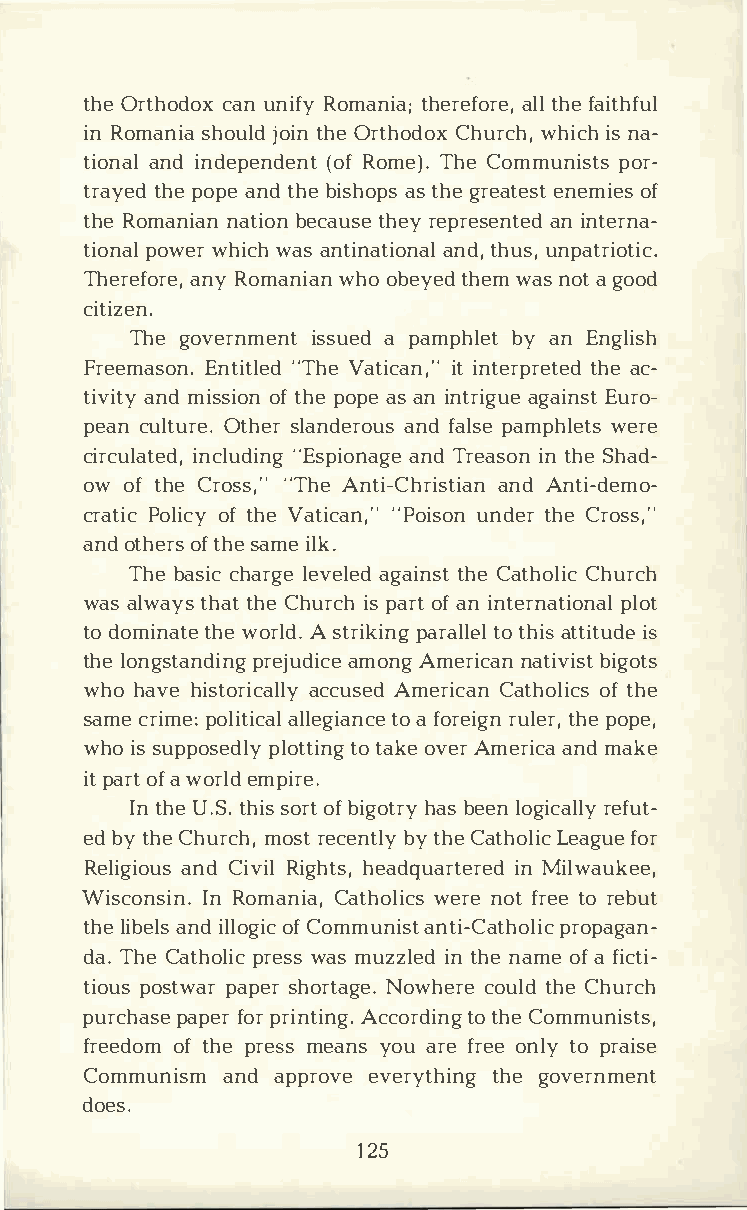
thOer thocdaounxn iRfoym antihae;r eafltolhr feea ,i thful
 inR omansihao ujlodti hnOe r thoCdhouxr wchhi,ic nsh a ­
 tionanadli ndepen(doRefon mte T)h.eC ommunipsotrs­
 traytehpdeo paen tdh bei shaostp hsge r eaetneesmtoi fe s
 thReo manniaatnib oenc atuhseery e presaenin ntteedr na­
 tiopnoawlew rh iwcahsa ntinaatnidto,hn uausln, p atriotic.
 ThereafnoyRr oem,a nwihaoon b eytehdew ma nso atg ood
 citizen.
 Theg overnmiesnstua e pda mphblyea tn E nglish
 FreemaEsnotni.t" lTheVeda ticiatin n,t"e rptrheaetc e­d
 tivaintmdyi ssoifto hnpe o paesa ni ntraiggauieEn usrto ­
 peacnu ltOutrhese.lr a ndearnodfu aslp saem phwleertes
 circuliantceldu",dE isnpgi oannaTdgr ee aisnot nhS eh ad­
 owo  ft hCe ros"sT,h"Ae n ti-ChrainsdAt nitain- demo­
 craPtoilci ocfty h Vea tic"aPno,i"us nodnet rhC er oss,"
 anodt heorfts hs ea me ilk.
 Theb ascihca rlgeev ealgeadi tnhsCeta thoClhiucr ch
 wasa lwatyhsat thC eh uricsph a rotfa ni nternaptliootn al
 tod omintahtweeo rlAd s.t ripkairnagtl otl heailts t iitsu de
 thleo ngstapnrdeijnuagdm iocnAegm erincaatni bviigsott s
 whoh avhei storaicccaulAslmeyed r iCcaatnh oolfti hces
 samcer impeo:l iatlilceaglti oaaf nocree riuglnte hre, pope,
 whoi ss uppospeldoltytt oti ankgoe v eArm eriacnmada ke
 ipta rotfaw orelmdp ire.
 Int hUe. St.hs iosor ftb igohtarbsye elno gicraelfluyt ­
 edb yt hCeh urmcohs,rt e cebnyttl hyCe a thLoelaigcfu oer
 ReligainodCu isv Riilg hhtesa,d quairntM eirlewda ukee,
 WisconIsnRi onm.a nCiaat,h owleircneso f tr eteor ebut
 thlei baenlidsl loofgC iocm munist anptrio-pCaagtahno­lic
 daT.h eC athoplriewcsa ssm uzzlientd h nea moefa f icti­
 tiopuoss tpwaaprse hro rtNaogweh.ec roeu tlhdCe h urch
 purchpaaspefe orpr r intAicncgo.r tdoti hnCego mmunists,
 freedooftm h per emsesa nyso ua rfer eoen ltyop raise
 Communiasnmda  pproevvee rytthhiegn ogv ernment
 does.
 125